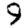
Digit: 9